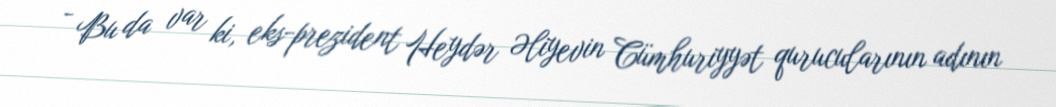
- Bu da var ki, eks-prezident Heydər Əliyevin Cümhuriyyət qurucularının adının